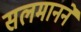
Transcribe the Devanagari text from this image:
सलमानने